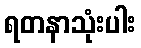
ရတနာသုံးပါး